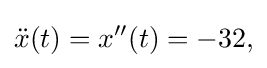
{\ddot {x}}(t)=x''(t)=-32,\,\!